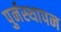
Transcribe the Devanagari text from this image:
पुर्नस्थापन